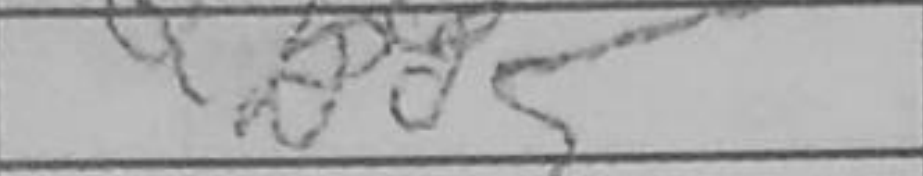
Transcription: Qd5